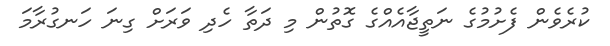
ކުރެވެން ފެށުމުގެ ނަތީޖާއެއްގެ ގޮތުން މި ދަތާ ހެދި ވަރަށް ގިނަ ހަނގުރާމަ